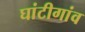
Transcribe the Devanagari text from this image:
घांटीगांव